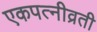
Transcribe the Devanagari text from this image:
एकपत्नीव्रती